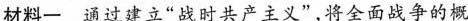
材料一 通过建立”战时共产主义”，将全面战争的概